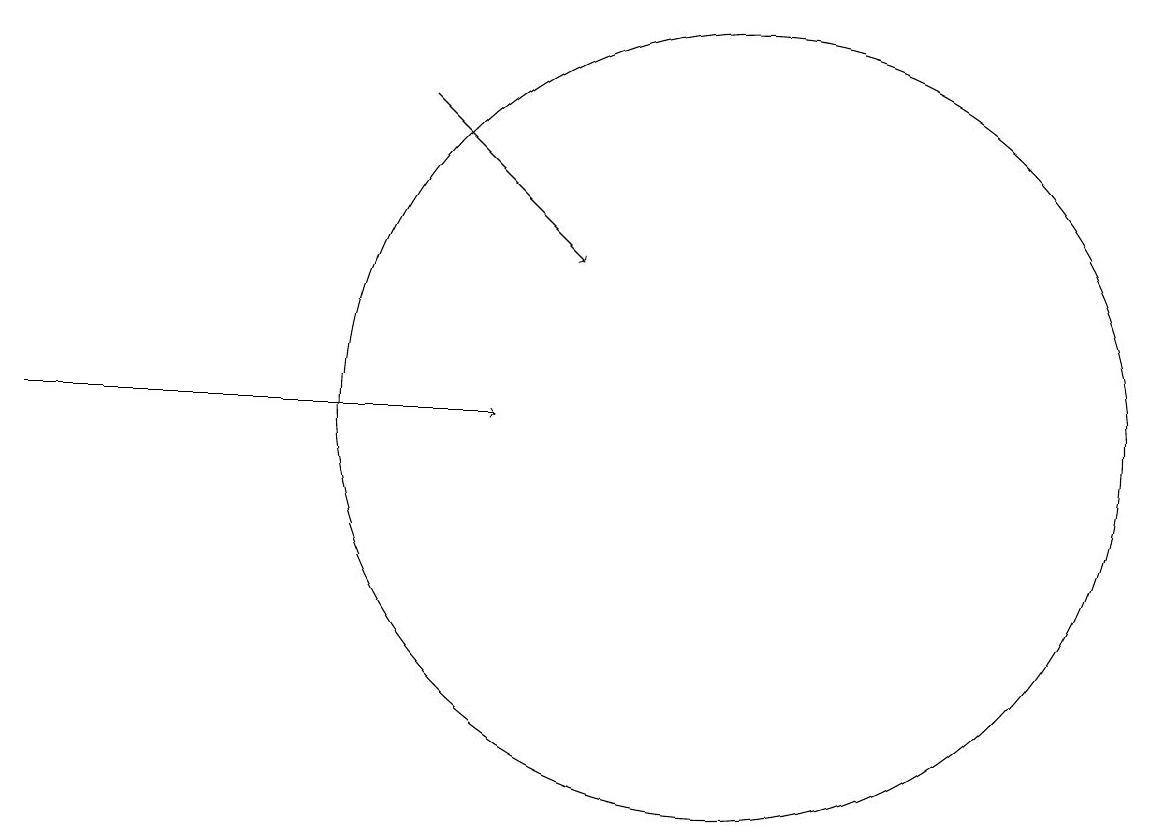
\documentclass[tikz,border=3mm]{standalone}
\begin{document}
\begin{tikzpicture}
\draw[->] (6,15) -- (8,13);
\draw[->] (1,11) -- (7,11);
\draw (10,11) circle (5);
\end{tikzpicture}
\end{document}